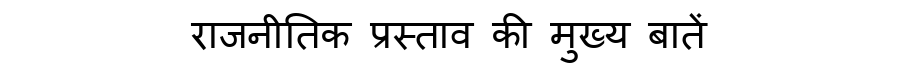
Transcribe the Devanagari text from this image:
राजनीतिक प्रस्ताव की मुख्य बातें